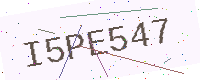
Text: I5PE547